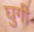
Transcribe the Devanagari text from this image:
घुगी